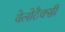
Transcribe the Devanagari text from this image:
वेलोटैक्सी